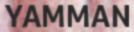
YAMMAN